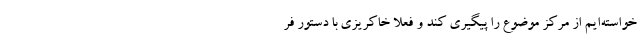
خواسته‌ایم از مرکز موضوع را پیگیری کند و فعلا خاکریزی با دستور فر